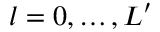
l = 0 , \ldots , L ^ { \prime }